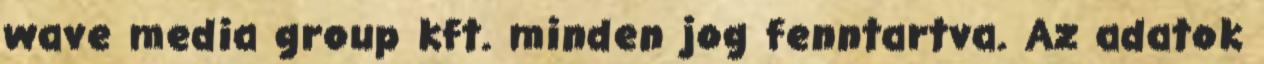
wave media group kft. minden jog fenntartva. Az adatok